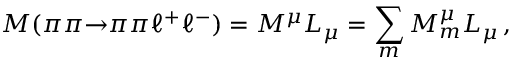
{ \cal M } ( \pi \pi { \to } \pi \pi \ell ^ { + } \ell ^ { - } ) = { \cal M } ^ { \mu } L _ { \mu } = \sum _ { m } { \cal M } _ { m } ^ { \mu } L _ { \mu } \, ,